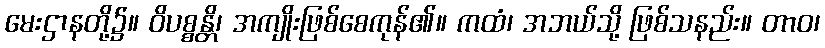
မေးဌာနတို့၌။ ဝိပစ္စန္တိ၊ အကျိုးဖြစ်စေကုန်၏။ ကထံ၊ အဘယ်သို့ ဖြစ်သနည်း။ တာဝ၊